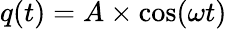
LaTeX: q(t)=A\times\cos(\omega t)